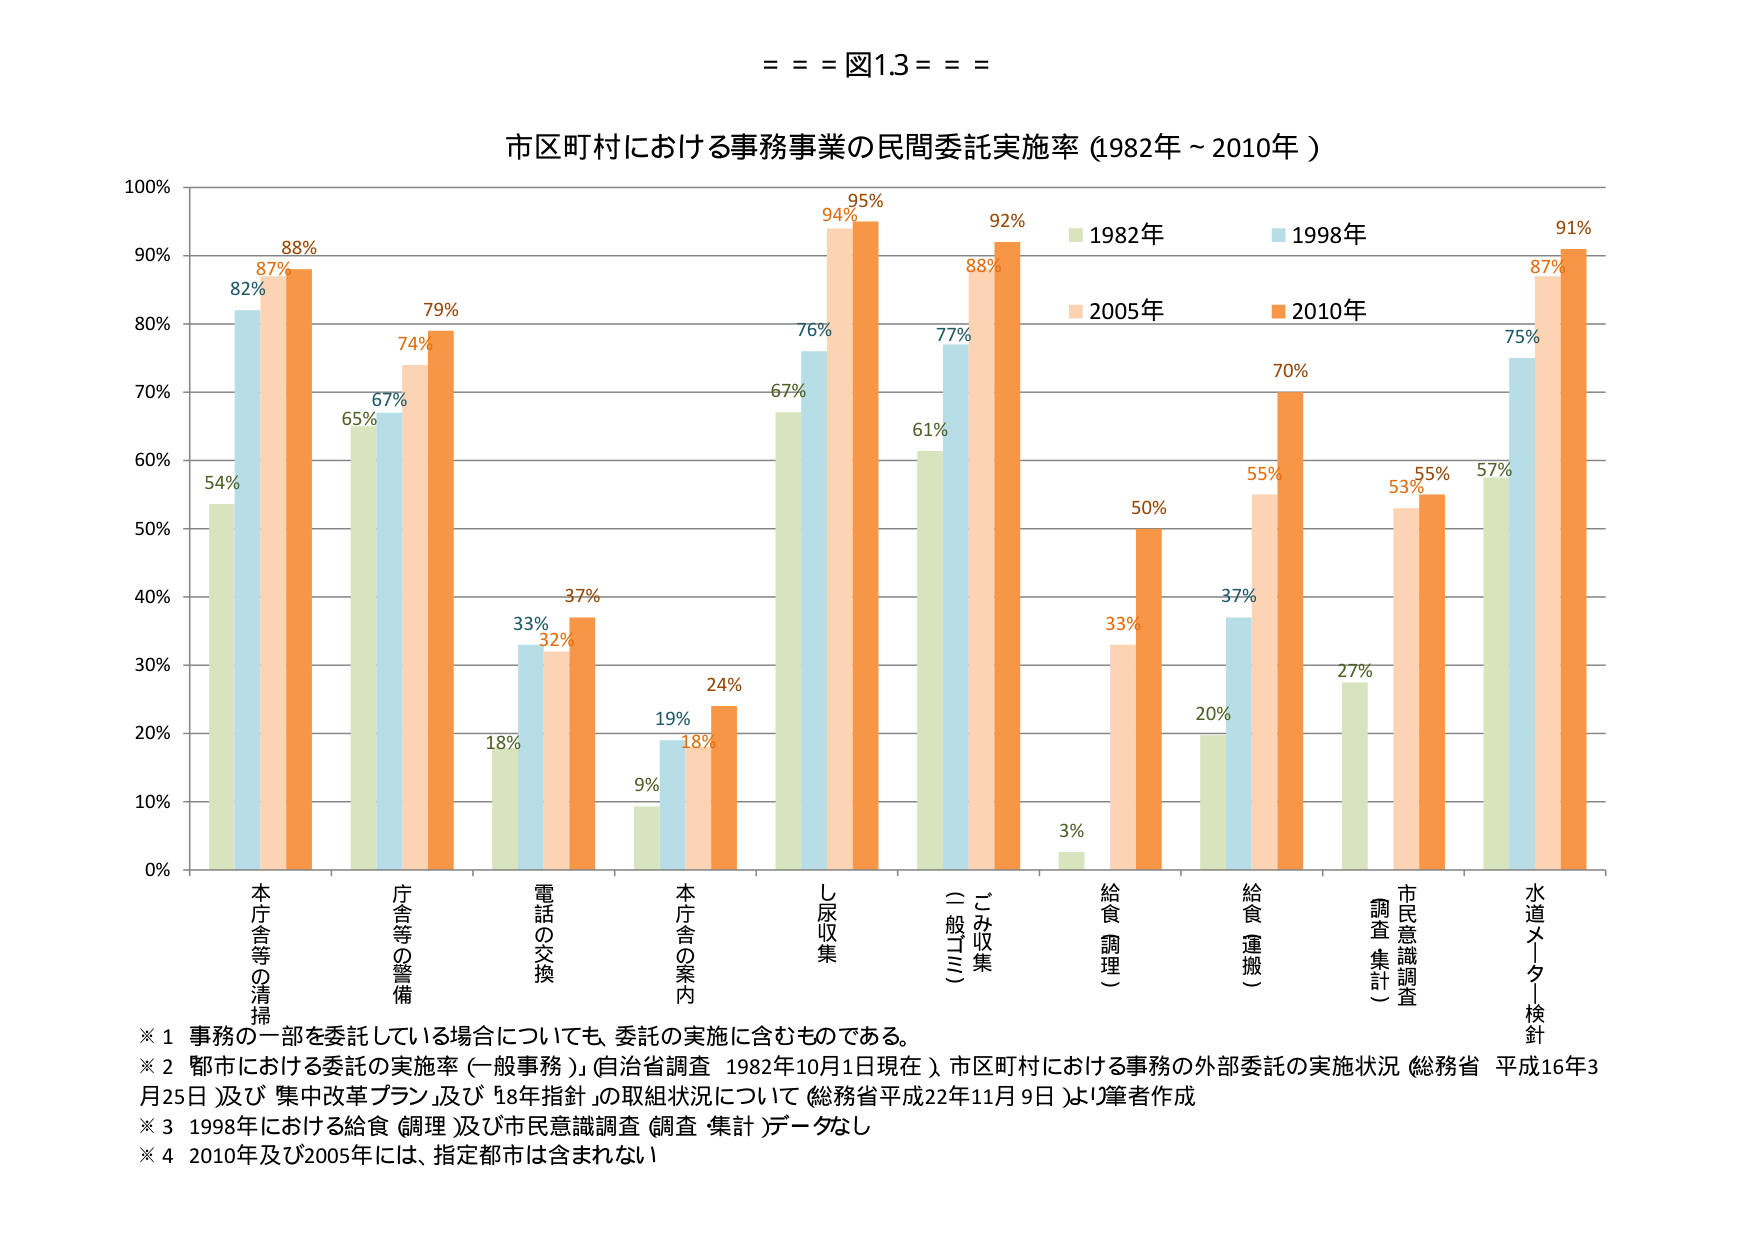
= = = 図1.3 = = =

市区町村における事務事業の民間委託実施率（1982年～2010年）

100%
90%
80%
70%
60%
50%
40%
30%
20%
10%
0%

1982年
1998年
2005年
2010年

本庁舎等の清掃
54%
82%
87%
88%

庁舎等の警備
65%
67%
74%
79%

電話の交換
18%
33%
32%
37%

本庁舎の案内
9%
19%
18%
24%

し尿収集
67%
76%
94%
95%

ごみ収集（一般ゴミ）
61%
77%
88%
92%

給食調理（）
3%
33%
50%

給食運搬（）
20%
37%
55%
70%

調査集計（市民意識調査）
27%
53%
55%

水道メーター検針
57%
75%
87%
91%

※1 事務の一部を委託している場合についても、委託の実施に含むものである。
※2 「都市における委託の実施率（一般事務）」（自治省調査 1982年10月1日現在）、市区町村における事務の外部委託の実施状況（総務省 平成16年3月25日）及び「集中改革プラン」及び「18年指針」の取組状況について（総務省平成22年11月9日）より筆者作成
※3 1998年における給食（調理）及び市民意識調査（調査・集計）データなし
※4 2010年及び2005年には、指定都市は含まれない